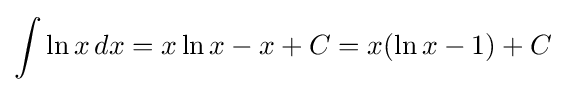
\int \ln x\,dx=x\ln x-x+C=x(\ln x-1)+C